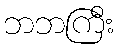
ဘဘကြီး